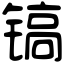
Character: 镐